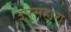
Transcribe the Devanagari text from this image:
उपसहारा